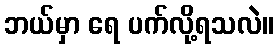
ဘယ်မှာ ရေ ပက်လို့ရသလဲ။